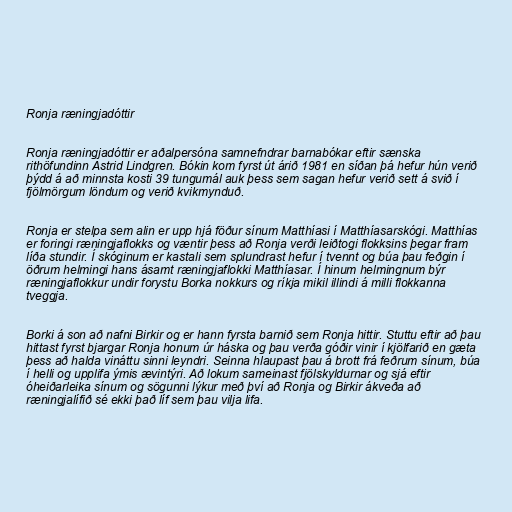
Ronja ræningjadóttir

Ronja ræningjadóttir er aðalpersóna samnefndrar barnabókar eftir sænska
rithöfundinn Astrid Lindgren. Bókin kom fyrst út árið 1981 en síðan þá hefur hún verið
þýdd á að minnsta kosti 39 tungumál auk þess sem sagan hefur verið sett á svið í
fjölmörgum löndum og verið kvikmynduð.

Ronja er stelpa sem alin er upp hjá föður sínum Matthíasi í Matthíasarskógi. Matthías
er foringi ræningjaflokks og væntir þess að Ronja verði leiðtogi flokksins þegar fram
líða stundir. Í skóginum er kastali sem splundrast hefur í tvennt og búa þau feðgin í
öðrum helmingi hans ásamt ræningjaflokki Matthíasar. Í hinum helmingnum býr
ræningjaflokkur undir forystu Borka nokkurs og ríkja mikil illindi á milli flokkanna
tveggja.

Borki á son að nafni Birkir og er hann fyrsta barnið sem Ronja hittir. Stuttu eftir að þau
hittast fyrst bjargar Ronja honum úr háska og þau verða góðir vinir í kjölfarið en gæta
þess að halda vináttu sinni leyndri. Seinna hlaupast þau á brott frá feðrum sínum, búa
í helli og upplifa ýmis ævintýri. Að lokum sameinast fjölskyldurnar og sjá eftir
óheiðarleika sínum og sögunni lýkur með því að Ronja og Birkir ákveða að
ræningjalífið sé ekki það líf sem þau vilja lifa.